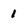
Character: 1